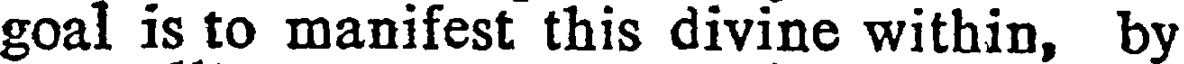
goal is to manifest this divine within, by